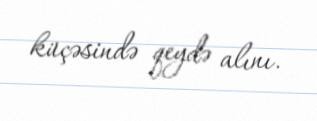
küçəsində qeydə alını.